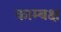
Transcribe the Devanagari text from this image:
काम्बक्ष